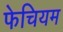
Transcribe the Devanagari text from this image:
फेचियम